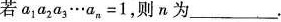
若a_ { 1 }a_ { 2 }a_ { 3 }…a_ { n }=1，则n为_______。